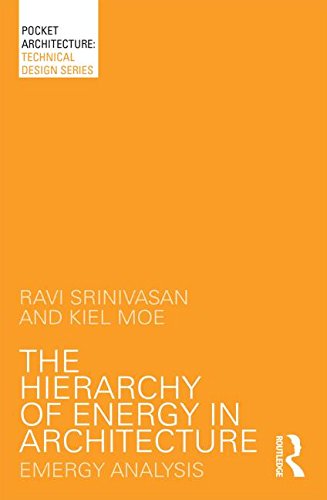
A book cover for The Hierarchy of Energy in Architecture: Emergy Analysis (PocketArchitecture); Ravi Srinivasan; Crafts, Hobbies & Home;